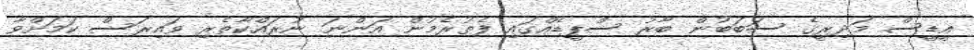
އީޑީސް މަދިރީގެ ސަބަބުން ބާރު ސްޕީޑެއްގައި ފެތުރެމުން އަންނަ ނުރައްކާތެރި ވައިރަސް ކަމަށްވާ